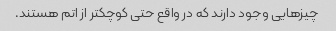
چیزهایی وجود دارند که در واقع حتی کوچکتر از اتم هستند.